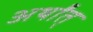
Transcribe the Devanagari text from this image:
अर्थांत्